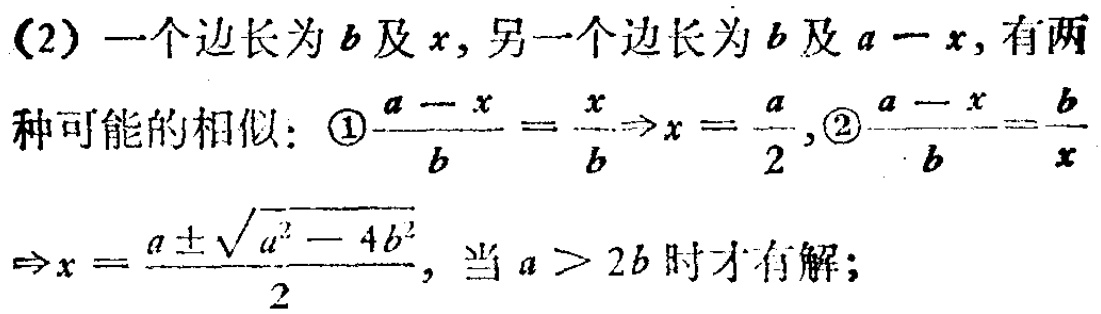
(2) 一个边长为 \(b\) 及 \(x\)，另一个边长为 \(b\) 及 \(a - x\)，有两种可能的相似：\textcircled{1}\(\frac{a - x}{b}=\frac{x}{b}\Rightarrow x = \frac{a}{2}\)，\textcircled{2}\(\frac{a - x}{b}=\frac{b}{x}\Rightarrow x=\frac{a\pm\sqrt{a^{2}-4b^{2}}}{2}\)，当 \(a > 2b\) 时才有解；